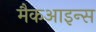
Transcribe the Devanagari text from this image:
मैकआइन्स